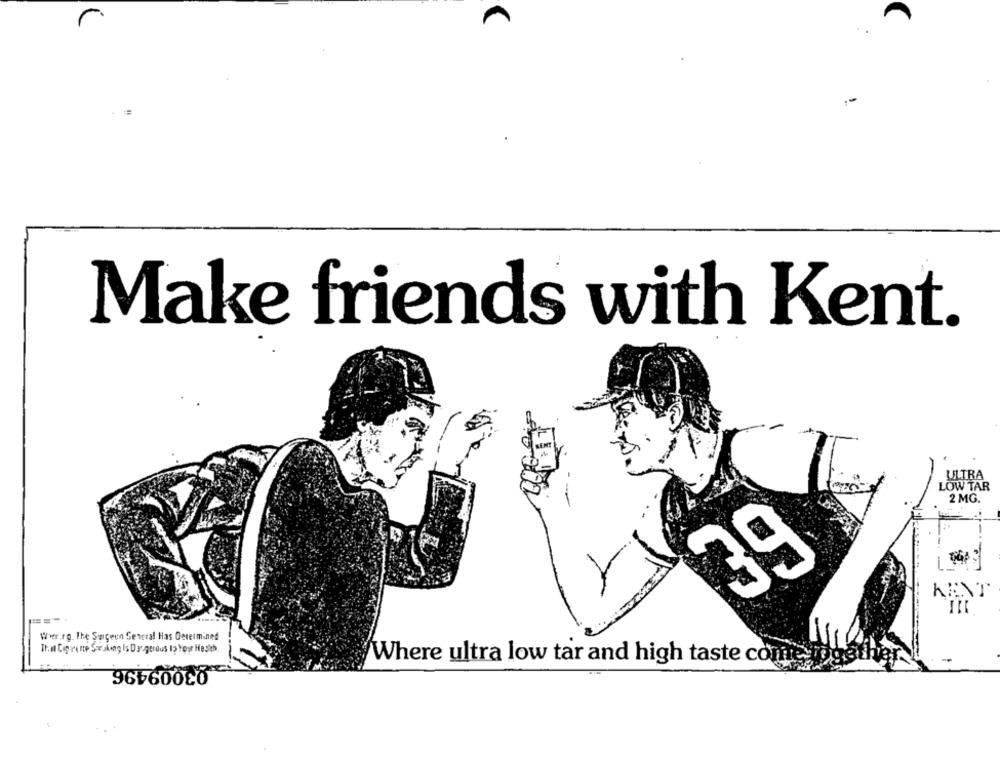
r
Make friends with Kent.
ULTRA
LOW TAR
2 MG.
39
KAT
===.
Wwer.rg. The Surgeon General Has Determined
03009496
Where ultra low tar and high taste con